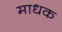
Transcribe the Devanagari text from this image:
माधक